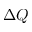
\Delta Q